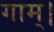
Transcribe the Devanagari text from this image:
गाम्।